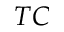
T C